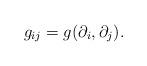
LaTeX: \begin{align*}g_{ij} = g(\partial_i,\partial_j).\end{align*}